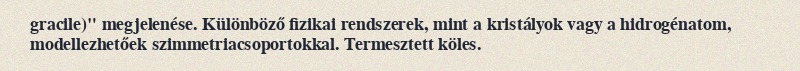
gracile)" megjelenése. Különböző fizikai rendszerek, mint a kristályok vagy a hidrogénatom, modellezhetőek szimmetriacsoportokkal. Termesztett köles.